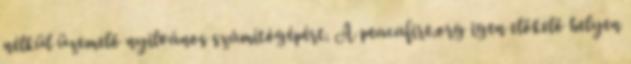
nélkül üzemelő nyilvános számítógépért. A peacafire.org igen előkelő helyen